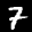
Label: 7